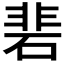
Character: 𮀦